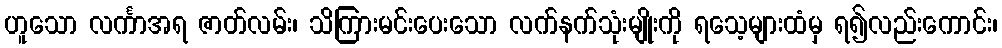
ဟူသော လင်္ကာအရ ဇာတ်လမ်း၊ သိကြားမင်းပေးသော လက်နက်သုံးမျိုးကို ရသေ့များထံမှ ရ၍လည်းကောင်း၊